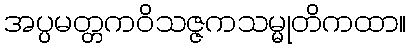
အပ္ပမတ္တကဝိသဇ္ဇကသမ္မုတိကထာ။